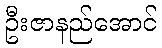
ဦးဇာနည်အောင်